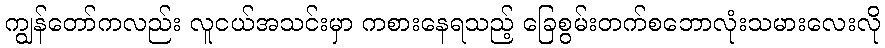
ကျွန်တော်ကလည်း လူငယ်အသင်းမှာ ကစားနေရသည့် ခြေစွမ်းတက်စဘောလုံးသမားလေးလို